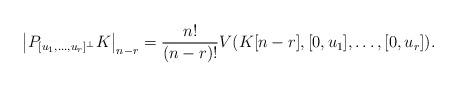
LaTeX: \begin{align*}\left|P_{[u_1,\dots,u_r]^\bot}K\right|_{n-r}=\frac{n!}{(n-r)!}V(K[n-r],[0,u_1],\dots, [0,u_r]).\end{align*}